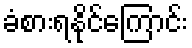
ခံစားရနိုင်ကြောင်း